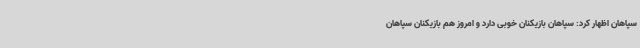
سپاهان اظهار کرد: سپاهان بازیکنان خوبی دارد و امروز هم بازیکنان سپاهان